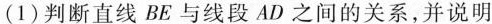
(1) 判断直线 B E 与线段 A D 之间的关系，并说明